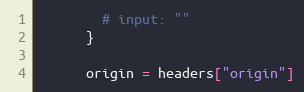
Language: Ruby
        # input: ""
      }

      origin = headers["origin"]